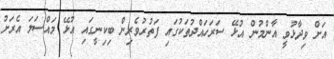
އަށް ވިދާޅުވީ އާންމުން އުޅޭ ސަރަހައްދުތަކުގައި ފަތުރުވެރިން ބިކިނީގައި އުޅޭ މައްސަލަ އެރަށު